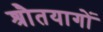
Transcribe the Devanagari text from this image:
श्रौतयागों